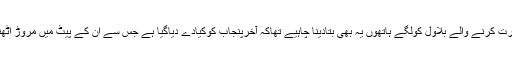
پنجاب سے نفرت کرنے والے بلاول کولگے ہاتھوں یہ بھی بتادینا چاہیے تھاکہ آخرپنجاب کوکیادے دیاگیا ہے جس سے اُن کے پیٹ میں مروڑ اُٹھنے لگے ہیں ۔